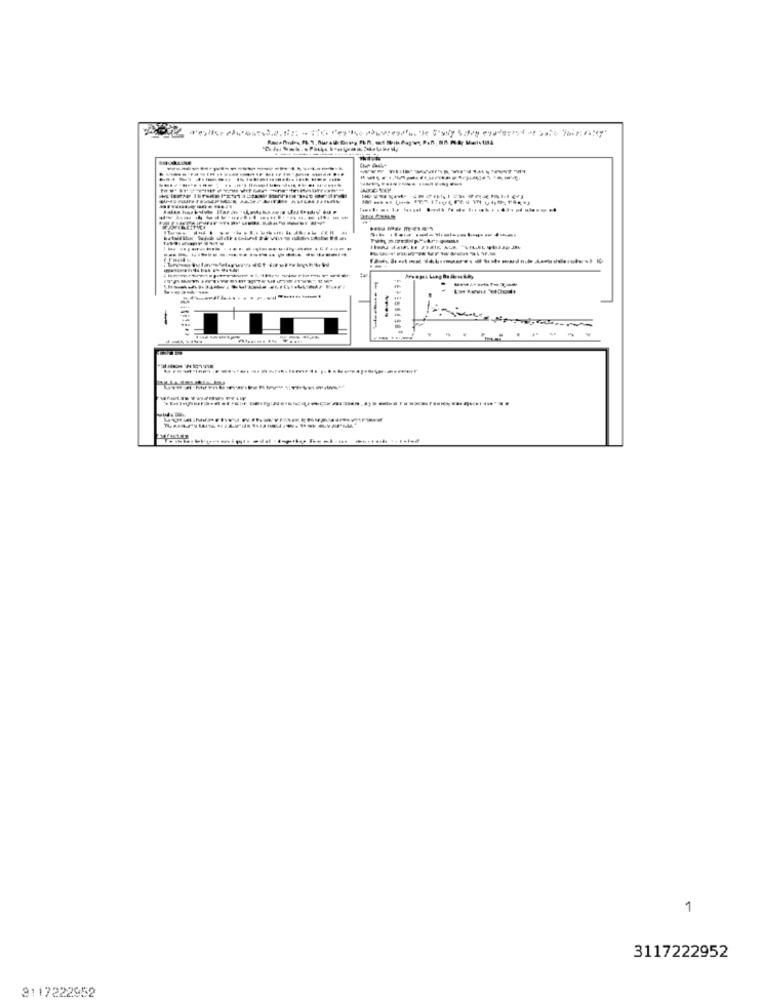
--------------
-------------..
-
-- -
1
3117222952
3117222952